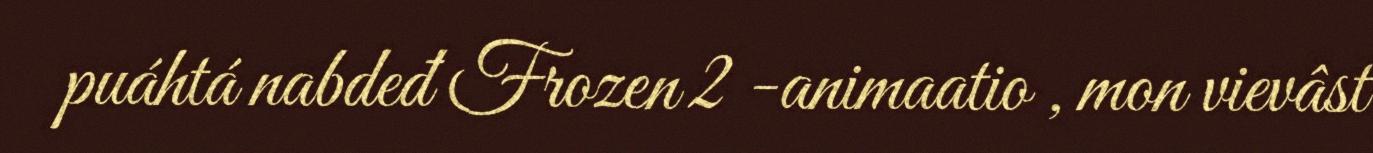
puáhtá nabdeđ Frozen 2 -animaatio , mon vievâst